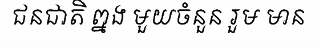
ជនជាតិ ព្នង មួយចំនួន រួម មាន